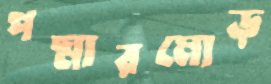
পদ্মারমোড়